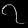
Digit: ၇